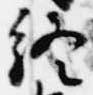
終